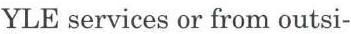
YLE services or from outsi-